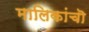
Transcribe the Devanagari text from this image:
मालिकांचॊ